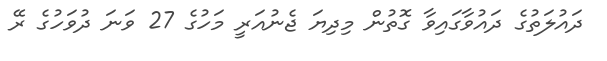
ދައުލަތުގެ ދައުވާގައިވާ ގޮތުން މިދިޔަ ޖެނުއަރީ މަހުގެ 27 ވަނަ ދުވަހުގެ ރޭ